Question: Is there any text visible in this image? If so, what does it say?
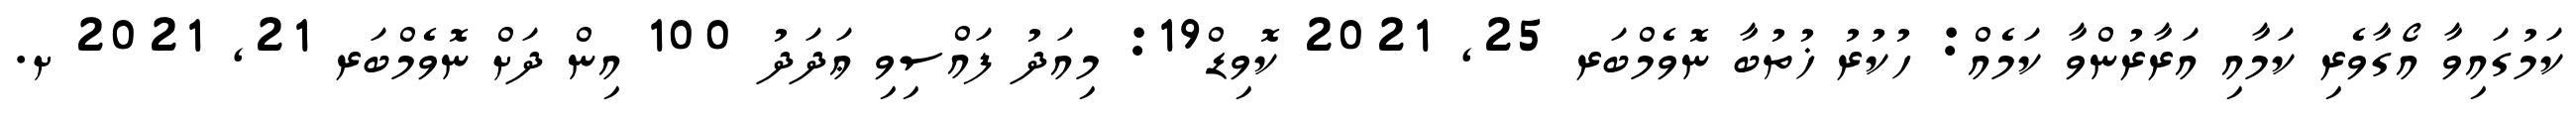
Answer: ކަމުގައިވާ އޯގާވެރި ކަމާއި އަރާރުންވާ ކަމެއް: ހުކުރު ޚުތުބާ ނޮވެމްބަރ 25, 2021 ކޮވިޑް19: މިއަދު ފައްސިވި ޢަދަދު 100 އިން ދަށް ނޮވެމްބަރ 21, 2021 ށ.